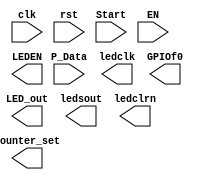
module 		 GPIO(input clk,							//
						input rst,                    //
						input Start,                  //
						input EN,                     //PIO/LED
						input [31:0] P_Data,          //
						output reg[1:0] counter_set,  ///
						output [15:0] LED_out,        //
						output wire ledclk,          	//
						output wire ledsout,         	//
						output wire ledclrn,         	//LED
						output wire LEDEN, 				//LED
						output reg[13:0] GPIOf0			//GPIO			 
						);

endmodule